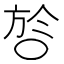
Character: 㫈